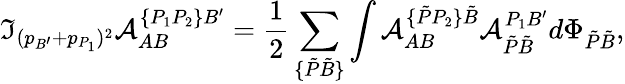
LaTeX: \Im_{(p_{B^{\prime}}+p_{P_{1}})^{2}}{\cal A}_{AB}^{\{ P_{1}P_{2}\} B^{\prime}}=\frac 1{2}\sum_{\{ \tilde{P}\tilde{B}\} }\int{\cal A}_{AB}^{\{ \tilde{P}P_{2}\} \tilde{B}}{\cal A}_{\tilde{P}\tilde{B}}^{P_{1}B^{\prime}}d\Phi_{\tilde{P}\tilde{B}},